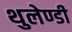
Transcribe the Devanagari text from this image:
थुलेण्डी